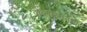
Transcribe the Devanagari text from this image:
वोब्लास्तमधील